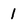
Character: 1